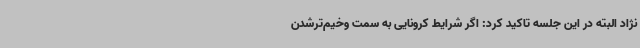
نژاد البته در این جلسه تاکید کرد: اگر شرایط کرونایی به سمت وخیم‌ترشدن